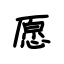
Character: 愿